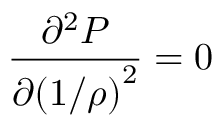
\frac { \partial ^ { 2 } P } { { \partial ( 1 / \rho ) } ^ { 2 } } = 0